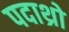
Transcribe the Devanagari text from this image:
पदाथ्रो